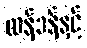
လန်ဒန်နှင့်